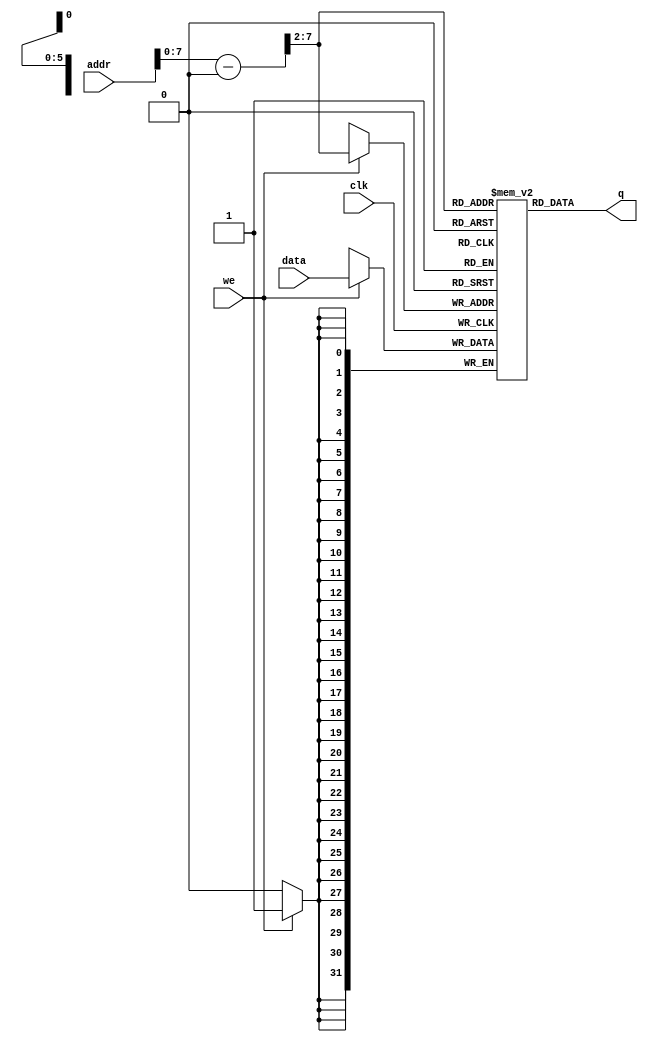
// MIGUEL BENAVIDES 
// Single port RAM with single read/write address 

module RAM
#
(
		parameter DATA_WIDTH=32,
		parameter ADDR_WIDTH=32,
		parameter MEMORY_DEPTH = 64
	
)
(
	input [(DATA_WIDTH-1):0] data,
	input [(ADDR_WIDTH-1):0] addr,
	input we, clk,
	output [(DATA_WIDTH-1):0] q
);

	reg [DATA_WIDTH-1:0] ram[MEMORY_DEPTH-1:0];
	reg [ADDR_WIDTH-1:0] addr_reg = 32'h1001_0000;

	always @ (posedge clk)
	begin
	
		if (we)
		
			ram[(addr-addr_reg) >> 2] <= data;
		
	end
 
	assign q = ram[(addr - addr_reg) >> 2];

endmodule